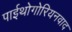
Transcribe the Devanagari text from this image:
पाईथोगोरियनवाद